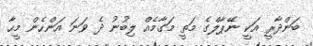
ބަންދާރީ އަކީ ނޭޕާލްގެ މަތީ މަގާމެއް ލިބުނު ދެ ވަނަ އަންހެން މީހާ